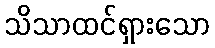
သိသာထင်ရှားသော